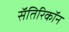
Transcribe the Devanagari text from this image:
सॅतिरिकॉन